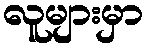
လူများမှာ